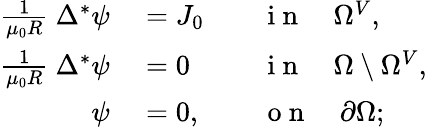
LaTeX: \begin{array}{rlrl}{\frac{1}{\mu_{0}R}~\Delta^{*}\psi}&{{}=J_{0}}&{}&{{}\mathrm{~i~n~}\quad\Omega^{V},}\\ {\frac{1}{\mu_{0}R}~\Delta^{*}\psi}&{{}=0}&{}&{{}\mathrm{~i~n~}\quad\Omega\setminus\Omega^{V},}\\ {\psi}&{{}=0,}&{}&{{}\mathrm{~o~n~}\quad\partial\Omega;}\end{array}